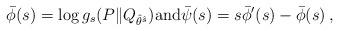
LaTeX: \begin{align*} \bar{\phi}(s) = \log g_s(P\|Q_{\hat{\theta}^{\hat{s}}}) \textrm{and} \bar{\psi}(s) = s \bar{\phi}'(s) - \bar{\phi}(s) \,, \end{align*}